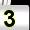
Digit: 3